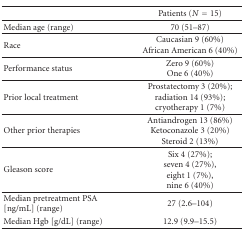
<table><thead><tr><td></td><td><b>Patients (<i>N</i> = 15)</b></td></tr></thead><tbody><tr><td>Median age (range)</td><td>70 (51–87)</td></tr><tr><td>Race</td><td>Caucasian 9 (60%) African American 6 (40%)</td></tr><tr><td>Performance status</td><td>Zero 9 (60%) One 6 (40%)</td></tr><tr><td>Prior local treatment</td><td>Prostatectomy 3 (20%); radiation 14 (93%); cryotherapy 1 (7%)</td></tr><tr><td>Other prior therapies</td><td>Antiandrogen 13 (86%) Ketoconazole 3 (20%) Steroid 2 (13%)</td></tr><tr><td>Gleason score</td><td>Six 4 (27%); seven 4 (27%), eight 1 (7%), nine 6 (40%)</td></tr><tr><td>Median pretreatment PSA [ng/mL] (range)</td><td>27 (2.6–104)</td></tr><tr><td>Median Hgb [g/dL] (range)</td><td>12.9 (9.9–15.5)</td></tr></tbody></table>